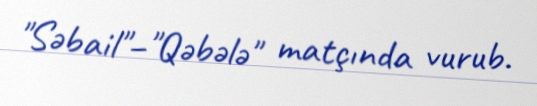
"Səbail"–"Qəbələ" matçında vurub.